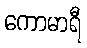
ကောမာရီ